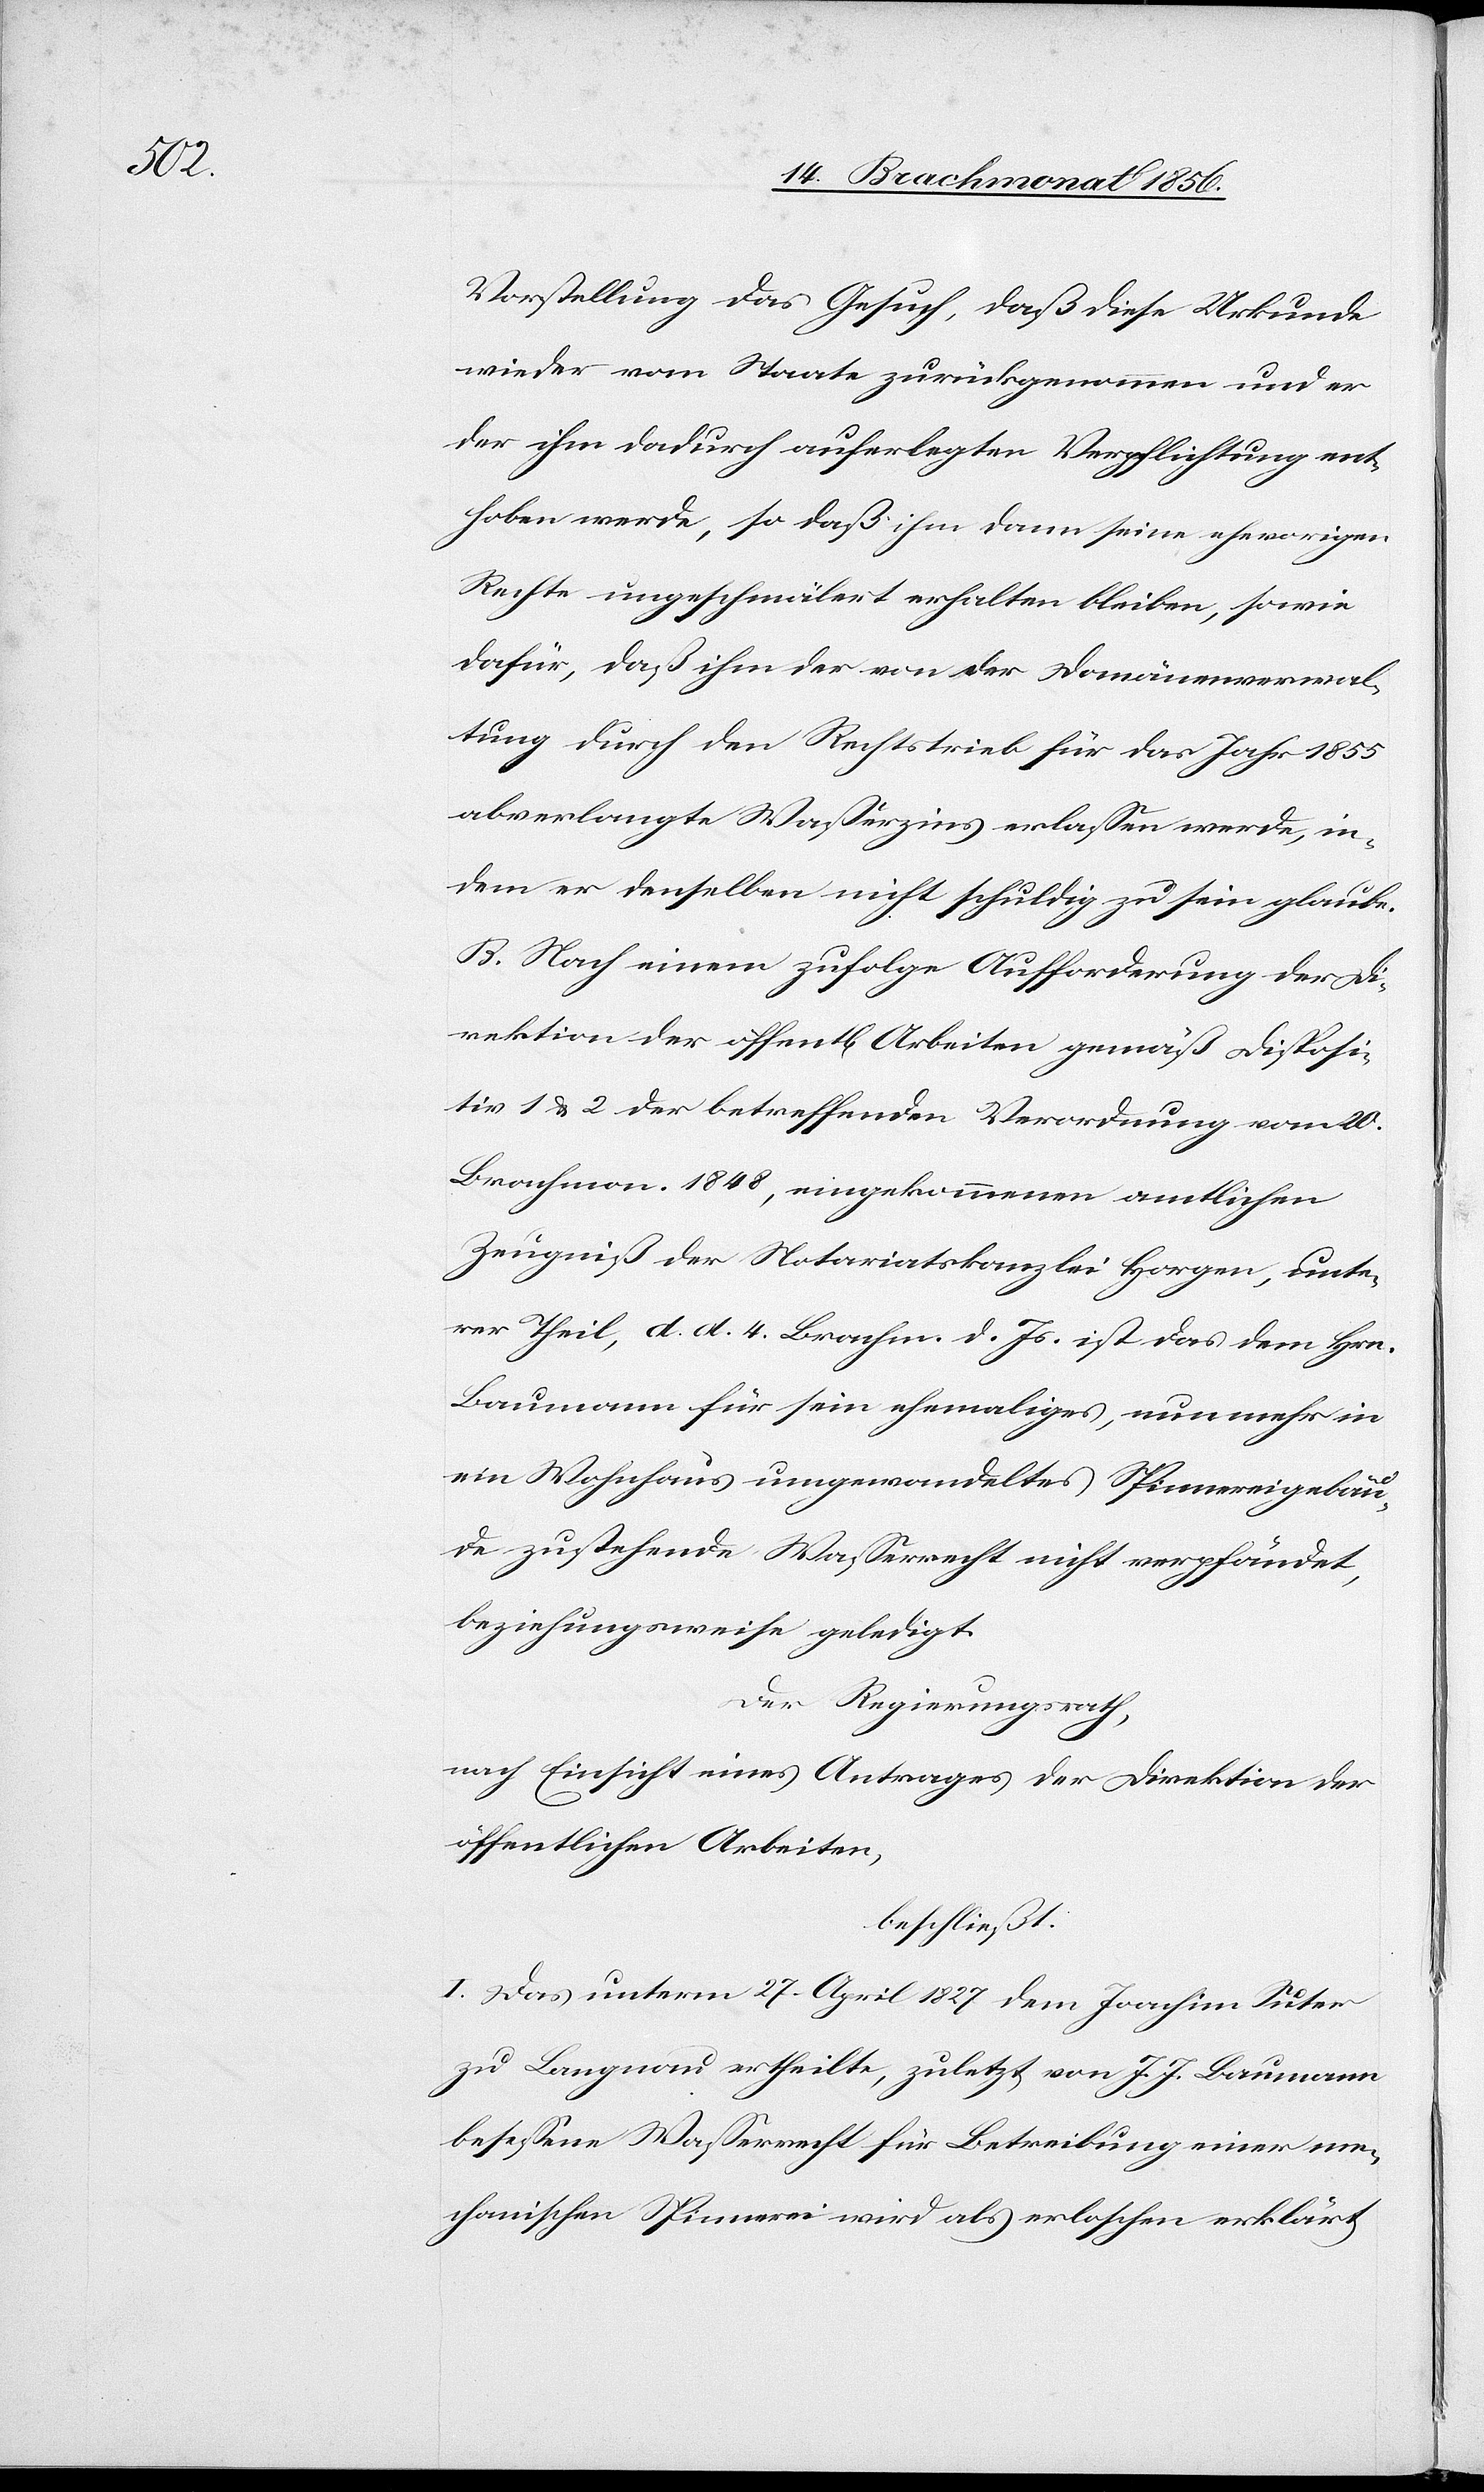
Vorstellung das Gesuch, daß diese Urkunde
wieder vom Staate zurückgenommen und er
der ihm dadurch auferlegten Verpflichtung ent¬
hoben werde, so daß ihm dann seine ehevorigen
Rechte ungeschmälert erhalten bleiben, sowie
dafür, daß ihm der von der Domänenverwal¬
tung durch den Rechtstrieb für das Jahr 1855
abverlangte Wasserzins erlassen werde, in¬
dem er denselben nicht schuldig zu sein glaube.
B. Nach einem zufolge Aufforderung der Di¬
rektion der öffentl[ichen] Arbeiten gemäß Disposi¬
tiv 1 & 2 der betreffenden Verordnung vom 20.
Brachmon. 1848, eingekommenen amtlichen
Zeugniß der Notariatskanzlei Horgen, unte¬
rer Theil, d. d. 4. Brachm. d. Js. ist das dem Hrn.
Baumann für sein ehemaliges, nun mehr in
ein Wohnhaus umgewandeltes Spinnereigebäu¬
de zustehende Wasserrecht nicht verpfändet,
beziehungsweise geledigt.
Der Regierungsrath,
nach Einsicht eines Antrages der Direktion der
öffentlichen Arbeiten,
beschließt:
I. Das unterm 27. April 1827 dem Joachim Suter
zu Langnau ertheilte, zuletzt von J. J. Baumann
besessene Wasserrecht für Betreibung einer me¬
chanischen Spinnerei wird als erloschen erklärt